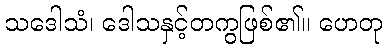
သဒေါသံ၊ ဒေါသနှင့်တကွဖြစ်၏။ ဟေတု